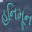
હનિમૂન